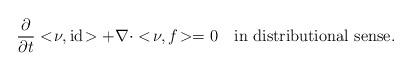
LaTeX: \begin{align*}\frac{\partial}{\partial t}<\!\nu,\mathrm{id}\!>+\nabla\cdot<\!\nu,f\!>=0\quad\mbox{in distributional sense}.\end{align*}